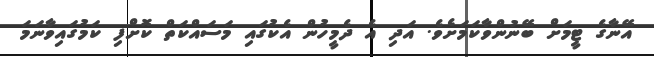
އޭނާގެ ޓީމަށް ބޭނުންވާކަމަށެވެ. އަދި އެ ދެމީހުން އެކުގައި މަސައްކަތް ކޮށްފި ކަމުގައިވާނަމަ